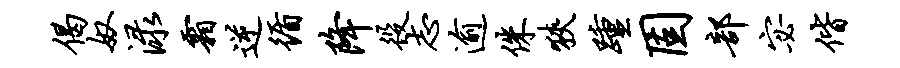
偈奴渌霜逆循降役志逾侏狭踵固部宓偕